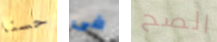
حسنا فى الصح